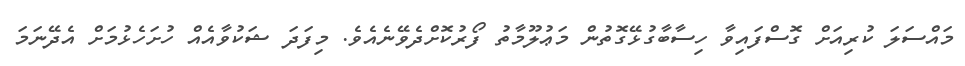
މައްސަލަ ކުރިއަށް ގޮސްފައިވާ ހިސާބާގުޅޭގޮތުން މަޢުލޫމާތު ފޯރުކޮށްދެވޭނެއެވެ. މިފަދަ ޝަކުވާއެއް ހުށަހެޅުމަށް އެދޭނަމަ